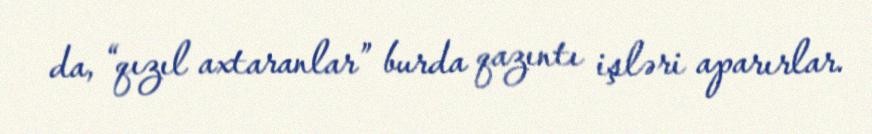
da, “qızıl axtaranlar” burda qazıntı işləri aparırlar.